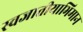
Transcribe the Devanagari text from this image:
स्वजातीयाभिमान